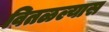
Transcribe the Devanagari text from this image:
वितळल्यास